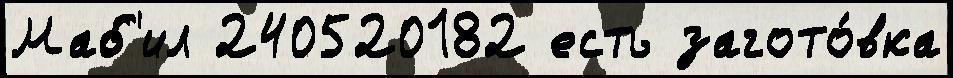
Маб'ил 240520182 есть загото́вка